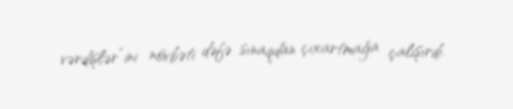
vərdişlər”ini növbəti dəfə sınaqdan çıxartmağa çalışırdı.